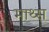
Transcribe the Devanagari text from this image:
माथ्स